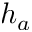
h _ { a }